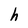
Character: h